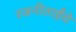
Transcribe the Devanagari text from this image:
रजनीताईंचे